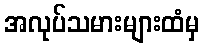
အလုပ်သမားများထံမှ